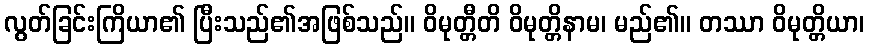
လွတ်ခြင်းကြိယာ၏ ပြီးသည်၏အဖြစ်သည်။ ဝိမုတ္တီတိ ဝိမုတ္တိနာမ၊ မည်၏။ တဿာ ဝိမုတ္တိယာ၊